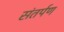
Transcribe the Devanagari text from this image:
संतर्पण